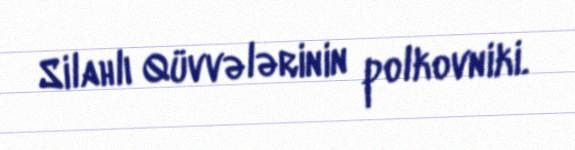
Silahlı Qüvvələrinin polkovniki.